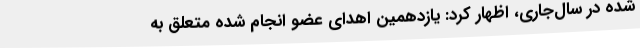
شده در سال‌جاری، اظهار کرد: یازدهمین اهدای عضو انجام شده متعلق به